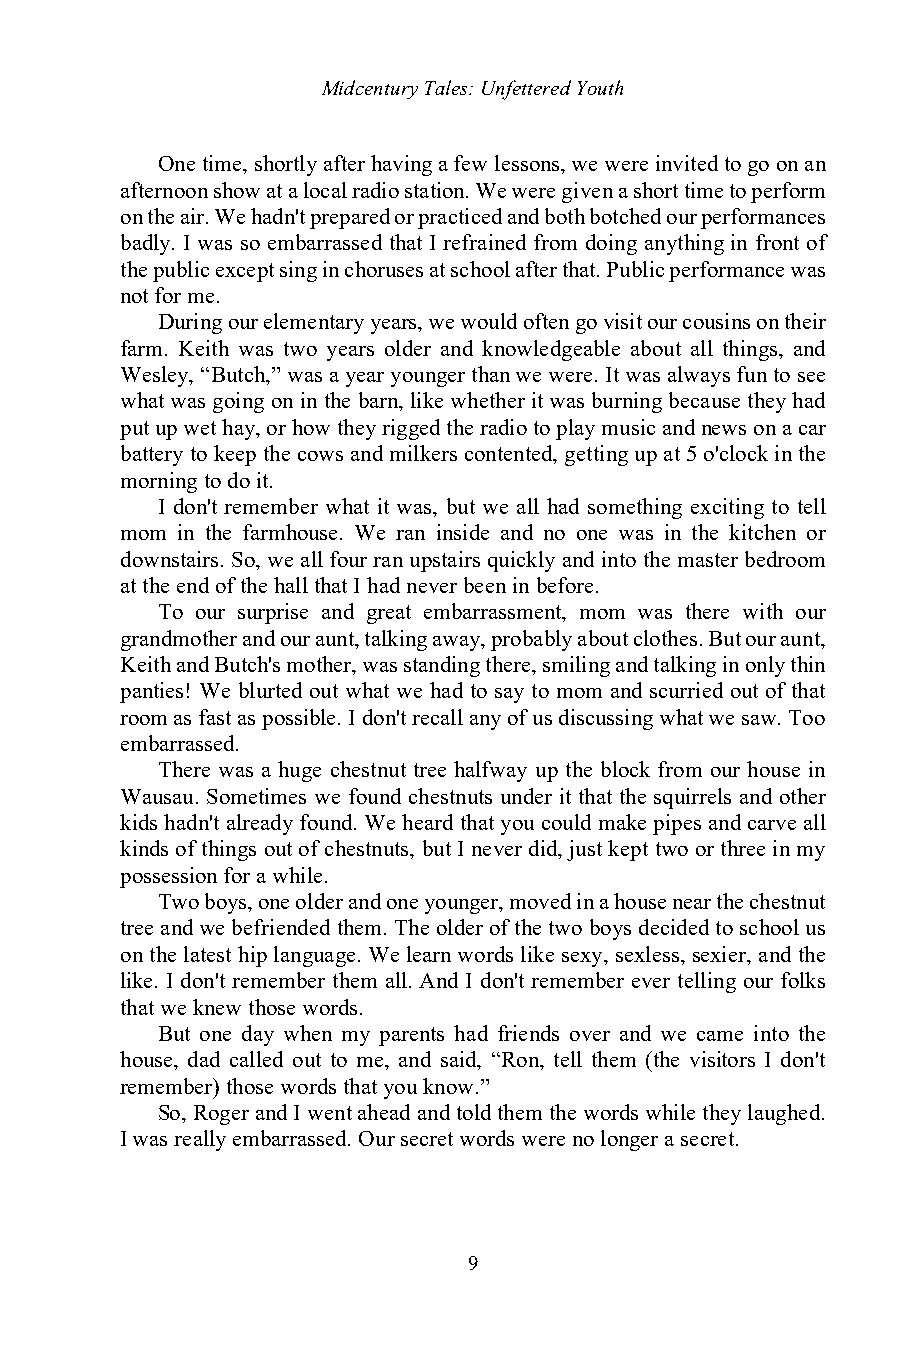
Midcentury Tales: Unfettered Youth
 One time, shortly after having a few lessons, we were invited to go on an
 afternoon show at a local radio station. We were given a short time to perform
 on the air. We hadn't prepared or practiced and both botched our performances
 badly. I was so embarrassed that I refrained from doing anything in front of
 the public except sing in choruses at school after that. Public performance was
 not for me.
 During our elementary years, we would often go visit our cousins on their
 farm. Keith was two years older and knowledgeable about all things, and
 Wesley, “Butch,” was a year younger than we were. It was always fun to see
 what was going on in the barn, like whether it was burning because they had
 put up wet hay, or how they rigged the radio to play music and news on a car
 battery to keep the cows and milkers contented, getting up at 5 o'clock in the
 morning to do it.
 I don't remember what it was, but we all had something exciting to tell
 mom in the farmhouse. We ran inside and no one was in the kitchen or
 downstairs. So, we all four ran upstairs quickly and into the master bedroom
 at the end of the hall that I had never been in before.
 To our surprise and great embarrassment, mom was there with our
 grandmother and our aunt, talking away, probably about clothes. But our aunt,
 Keith and Butch's mother, was standing there, smiling and talking in only thin
 panties! We blurted out what we had to say to mom and scurried out of that
 room as fast as possible. I don't recall any of us discussing what we saw. Too
 embarrassed.
 There was a huge chestnut tree halfway up the block from our house in
 Wausau. Sometimes we found chestnuts under it that the squirrels and other
 kids hadn't already found. We heard that you could make pipes and carve all
 kinds of things out of chestnuts, but I never did, just kept two or three in my
 possession for a while.
 Two boys, one older and one younger, moved in a house near the chestnut
 tree and we befriended them. The older of the two boys decided to school us
 on the latest hip language. We learn words like sexy, sexless, sexier, and the
 like. I don't remember them all. And I don't remember ever telling our folks
 that we knew those words.
 But one day when my parents had friends over and we came into the
 house, dad called out to me, and said, “Ron, tell them (the visitors I don't
 remember) those words that you know.”
 So, Roger and I went ahead and told them the words while they laughed.
 I was really embarrassed. Our secret words were no longer a secret.
 9